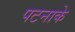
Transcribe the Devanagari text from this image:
पटनाके